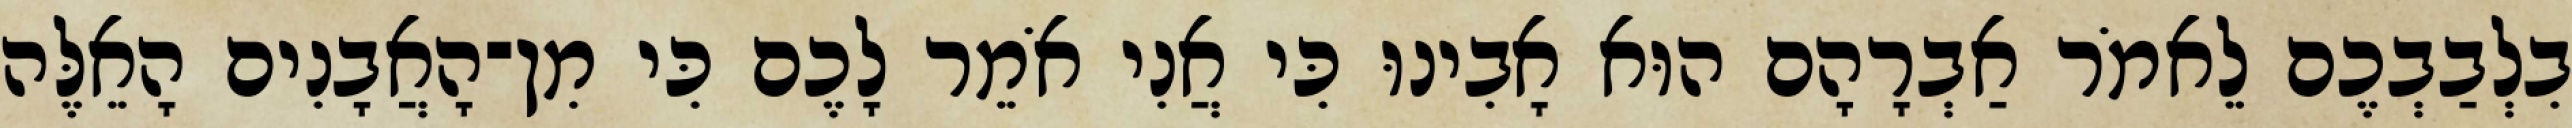
בִלְבַבְכֶם לֵאמֹר אַבְרָהָם הוּא אָבִינוּ כִּי אֲנִי אֹמֵר לָכֶם כִּי מִן־הָאֲבָנִים הָאֵלֶּה